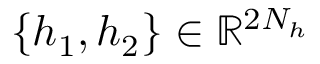
\{ h _ { 1 } , h _ { 2 } \} \in \mathbb { R } ^ { 2 N _ { h } }